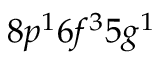
8 p ^ { 1 } 6 f ^ { 3 } 5 g ^ { 1 }